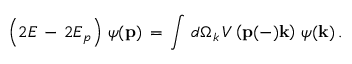
\left( 2 E \, - \, 2 E _ { p } \right) \, \psi ( { \bf p } ) \, = \, \int \, d \Omega _ { k } \, V \left( { \bf p } ( - ) { \bf k } \right) \, \psi ( { \bf k } ) \, .